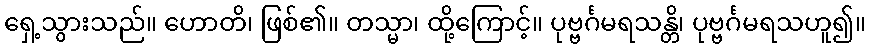
ရှေ့သွားသည်။ ဟောတိ၊ ဖြစ်၏။ တသ္မာ၊ ထို့ကြောင့်။ ပုဗ္ဗင်္ဂမရသန္တိ၊ ပုဗ္ဗင်္ဂမရသဟူ၍။